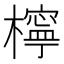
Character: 檸